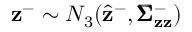
\mathbf { z } ^ { - } \sim N _ { 3 } ( \hat { \mathbf { z } } ^ { - } , \pmb { \Sigma } _ { \mathbf { z } \mathbf { z } } ^ { - } )